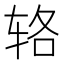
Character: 辂